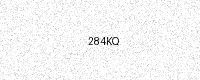
Text: 284KQ